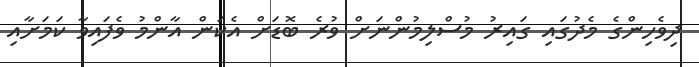
ދިވެހިންގެ މެދުގައި ގައިރު މުސްލިމުންނަށް ވުރެ ބޮޑަށް އެކަން އާންމު ވެފައިވާ ކަމަށާއި